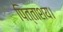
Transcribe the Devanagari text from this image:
पित्ताशय।